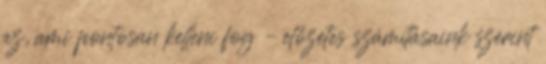
az, ami pontosan kelleni fog – előzetes számításaink szerint